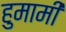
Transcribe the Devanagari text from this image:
हुमामी